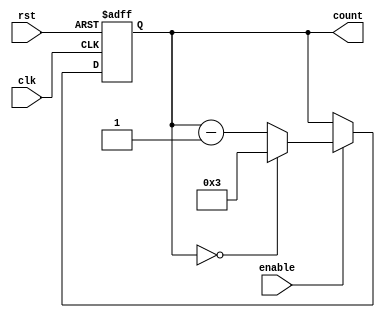
module ModuloN_Down_Counter (
    input wire clk,
    input wire rst,
    input wire enable,
    output reg [N:0] count
);

// Parameter for specifying the counter width
parameter N = 3;

always @(posedge clk or posedge rst) begin
    if (rst) begin
        count <= N; // Initialize the counter with N
    end else if (enable) begin
        if (count == 0) begin
            count <= N; // Loop back to the maximum value N
        end else begin
            count <= count - 1; // Decrement the counter
        end
    end
end

endmodule